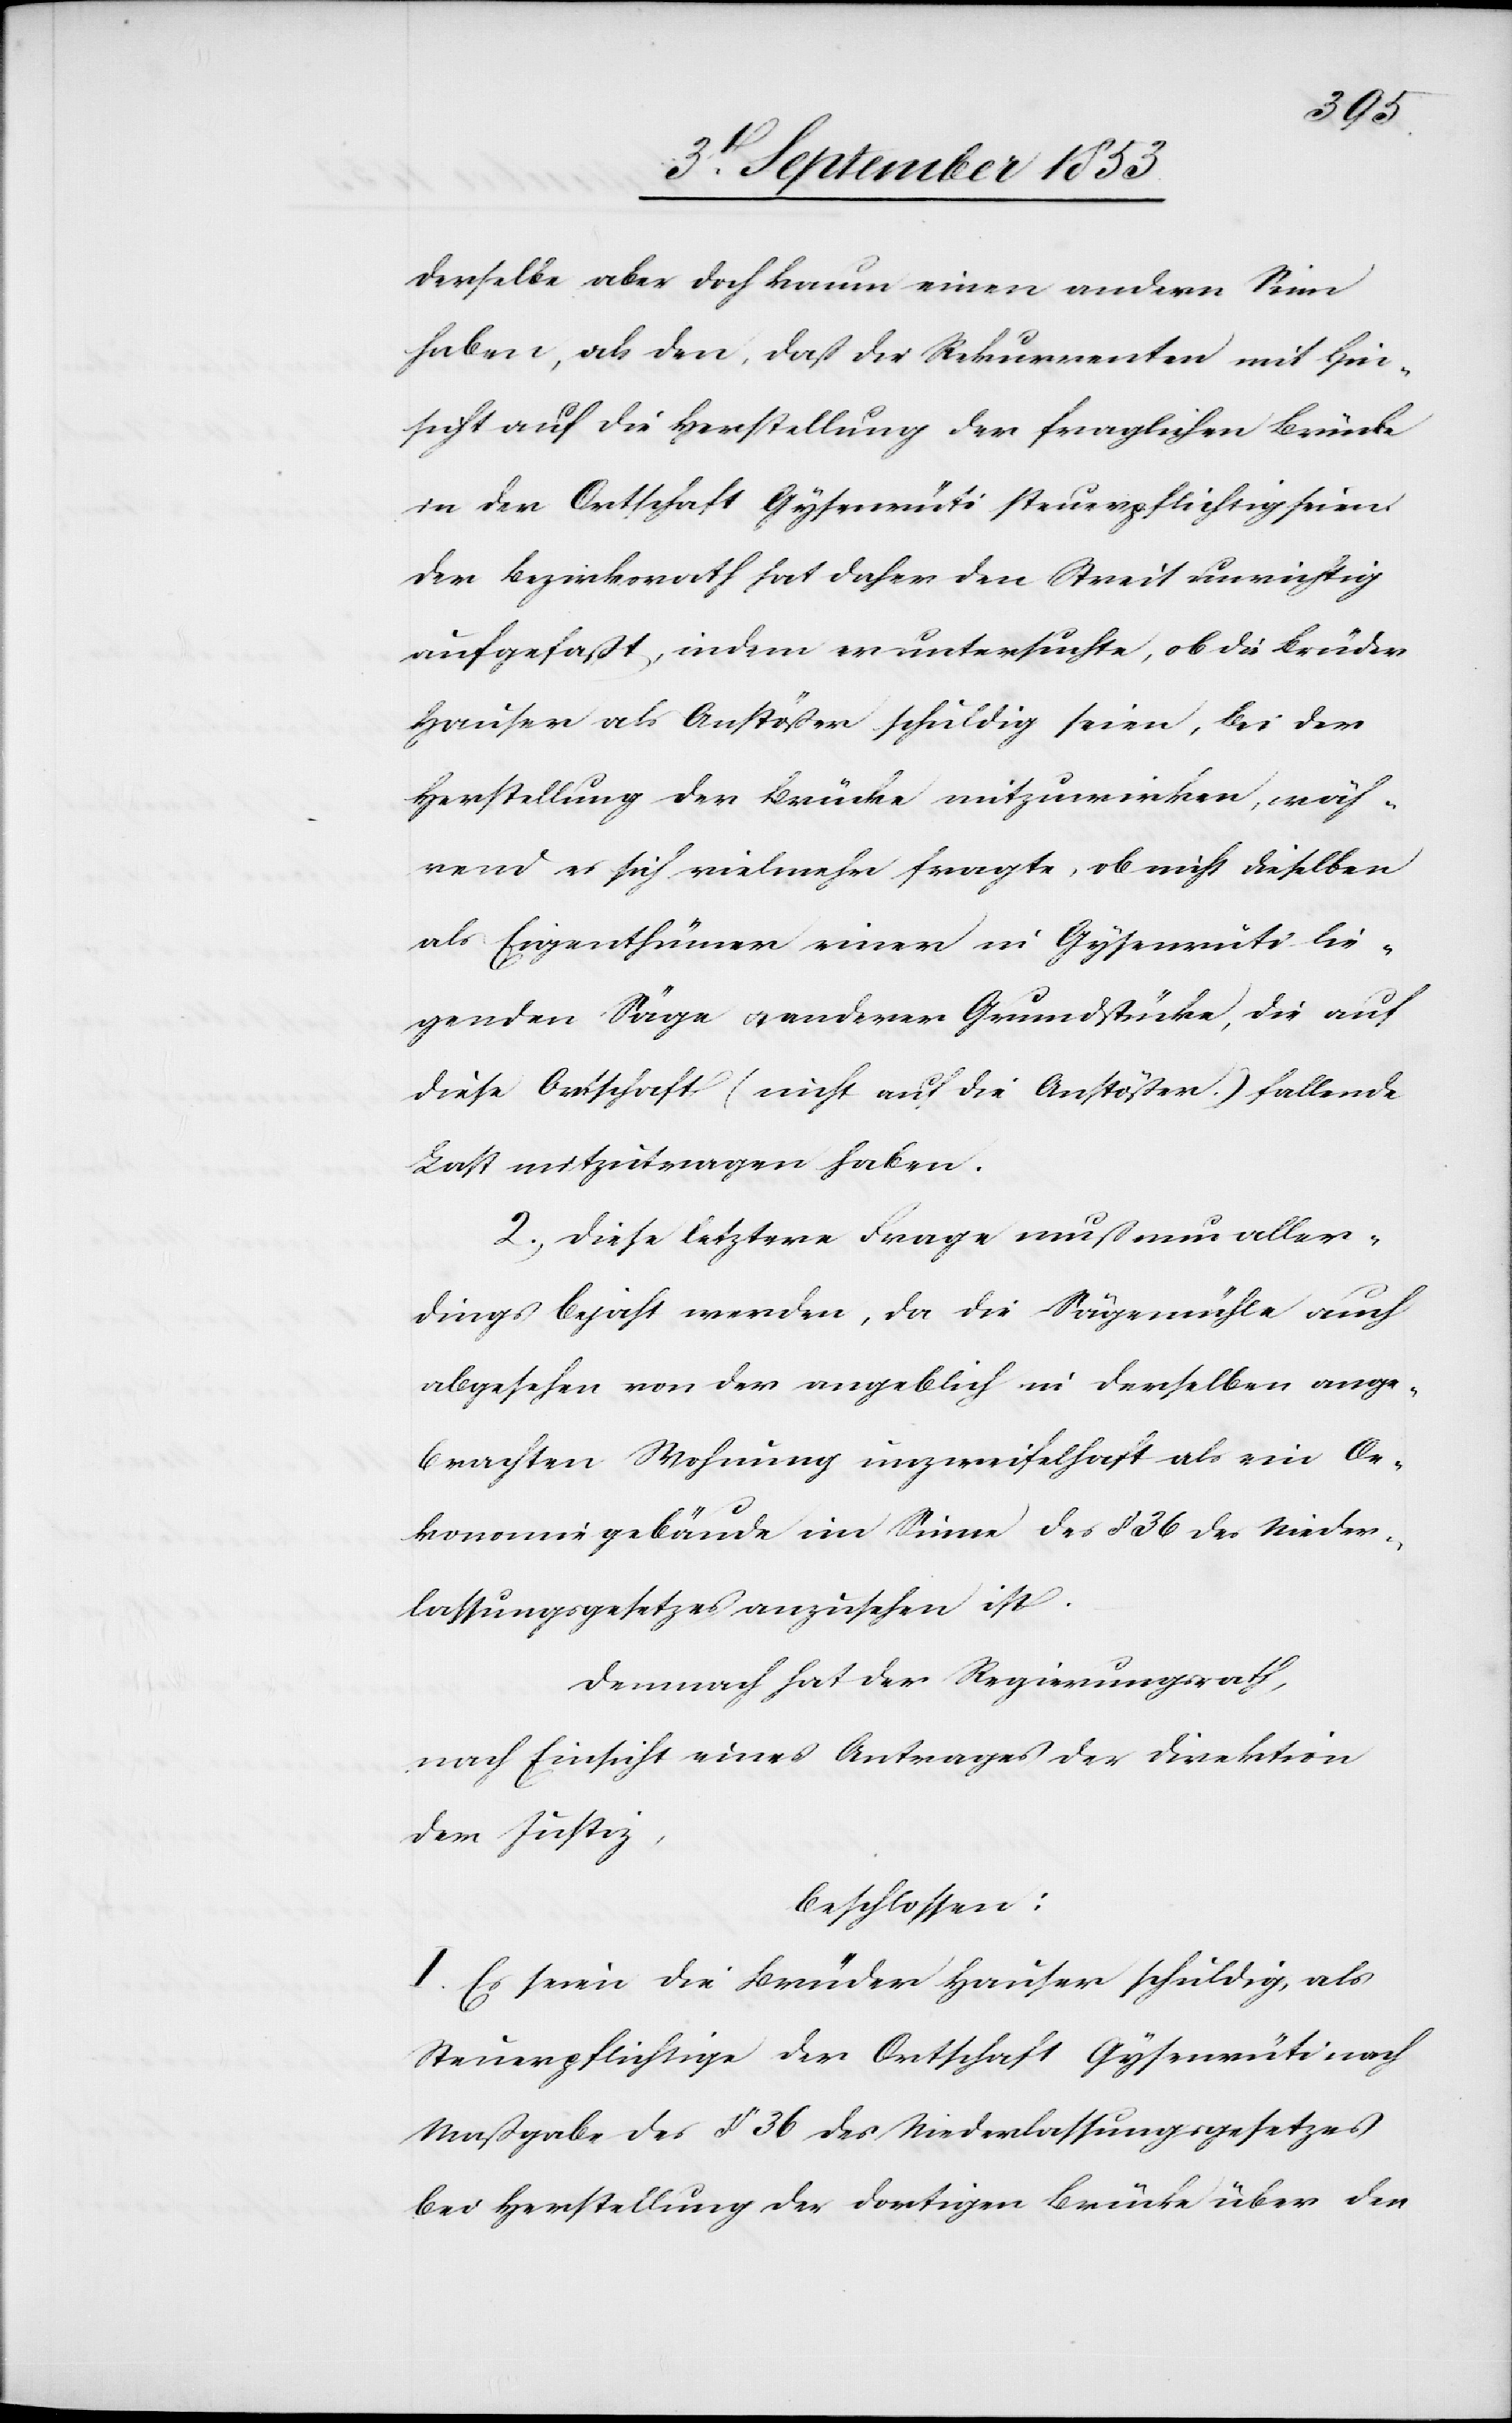
derselbe aber doch kaum einen andern Sinn
haben, als den, daß die Rekurrenten mit Hin¬
sicht auf die Herstellung der fraglichen Brücke
in der Ortschaft Gysenrüti steuerpflichtig seien.
Der Bezirksrath hat daher den Streit unrichtig
aufgefaßt, indem er untersuche, ob die Brüder
Hauser als Anstößer schuldig seien, bei der
Herstellung der Brücke mitzuwirken, wäh¬
rend es sich vielmehr fragte, ob nicht dieselben
als Eigenthümer einer in Gysenrüti lie¬
genden Säge u. anderer Grundstücke, die auf
diese Ortschaft (nicht auf die Anstößer.) fallende
Last mitzutragen haben.
2, Diese letztere Frage muß nun aller¬
dings bejaht werden, da die Sägemühle auch
abgesehen von der angeblich in derselben ange¬
brachten Wohnung unzweifelhaft als ein Oe¬
konomiegebäude im Sinne des § 36 des Nieder¬
lassungsgesetzes anzusehen ist.
Demnach hat der Regierungsrath,
nach Einsicht eines Antrages der Direktion
der Justiz,
beschlossen:
I. Es seien die Brüder Hauser schuldig, als
Steuerpflichtige der Ortschaft Gysenrüti nach
Maßgabe des § 36 des Niederlassungsgesetzes
bei Herstellung der dortigen Brücke über den